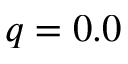
q = 0 . 0